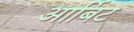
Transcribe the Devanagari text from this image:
आर्बिट